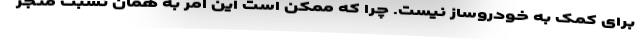
برای کمک به خودروساز نیست. چرا که ممکن است این امر به همان نسبت منجر